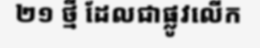
២១ ថ្មី ដែលជាផ្លូវលើក